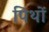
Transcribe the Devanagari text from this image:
पिथों